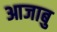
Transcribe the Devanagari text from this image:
आजाबु